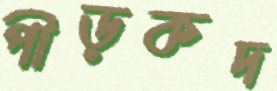
পীড়কদ